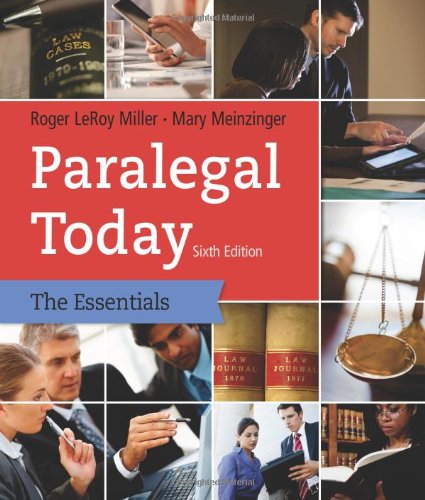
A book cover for Paralegal Today: The Essentials; Roger LeRoy Miller; Law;